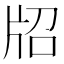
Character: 牊